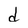
Character: d